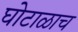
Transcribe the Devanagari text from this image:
घोटाळाच